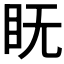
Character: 𱲦